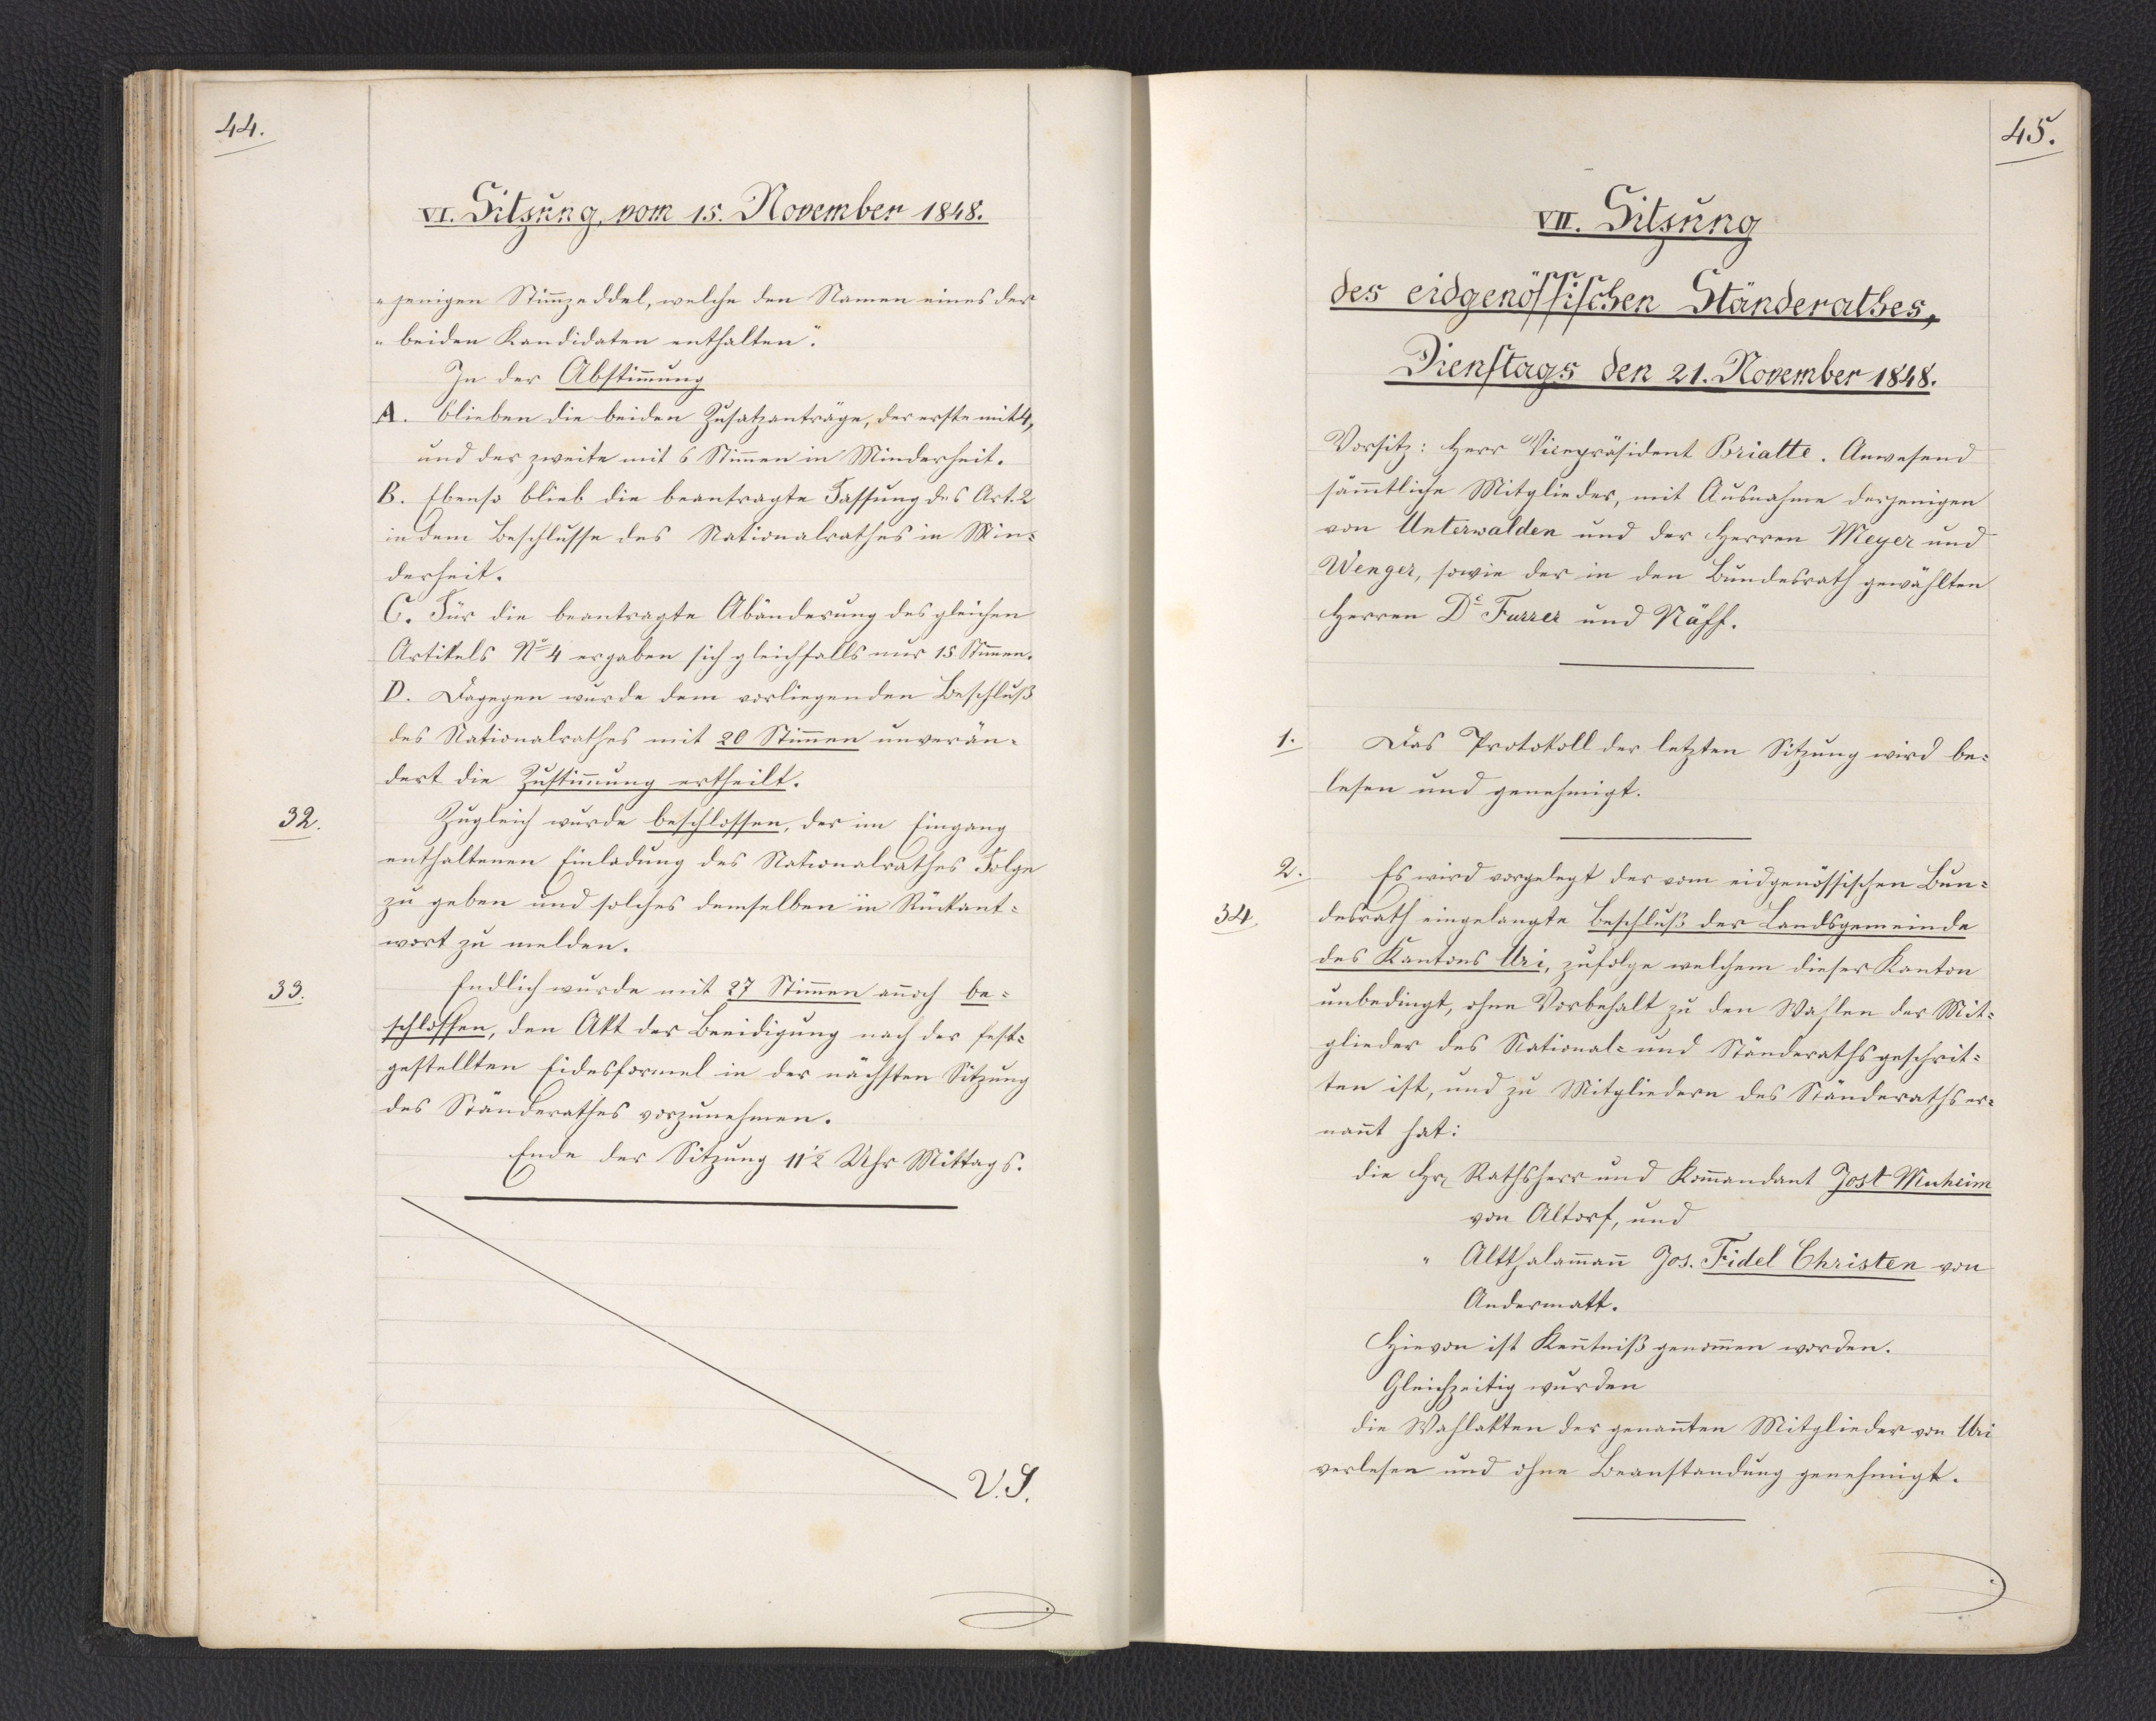
45.

VII. Sitzung
des eidgenössischen Ständerathes,
Dienstags den 21. November 1848.

Vorsitz: Herr Vicepräsident Briatte Anwesend
sämmtliche Mitglieder, mit Ausnahme derjenigen
von Unterwalden und der Herren Meyer und
Wenger, sowie der in den Bundesrath gewählten
Herren Dr. Furrer und Näff.
Das Protokoll der letzten Sitzung wird be¬
lesen und genehmigt.
Es wird vorgelegt der vom eidgenössischen Bun¬
desrath eingelangte Beschluß der Landsgemeinde
des Kantons Uri, zufolge welchem dieser Kanton
unbedingt, ohne Vorbehalt zu den Wahlen der Mit¬
glieder des National- und Ständeraths geschrit¬
ten ist, und zu Mitgliedern des Ständeraths er¬
nannt hat:
die Hr. Rathsherr und Kommandant Jost Muheim
von Altorf, und
Altthalammann Jos. Fidel Christen von
Andermatt.
Hievon ist Kenntniß genommen worden.
Gleichzeitig wurden
die Wahlakten der genannten Mitglieder von Uri
verlesen und ohne Beanstandung genehmigt.

1.

2.
34